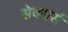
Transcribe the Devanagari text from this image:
सेवयर्स